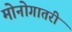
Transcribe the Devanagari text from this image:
मोनोगातरी